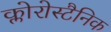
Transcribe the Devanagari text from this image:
क्लोरोस्टैनिक